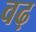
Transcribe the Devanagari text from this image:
वढ़